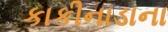
કાકીનાડાના